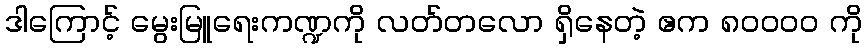
ဒါကြောင့် မွေးမြူရေးကဏ္ဍကို လတ်တလော ရှိနေတဲ့ ဧက ၈၀၀၀၀ ကို